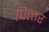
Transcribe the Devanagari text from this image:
पित्त्तर